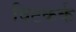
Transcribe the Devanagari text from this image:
विटकर्क